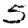
Digit: 5